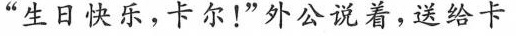
“生日快乐，卡尔！”外公说着，送给卡尔